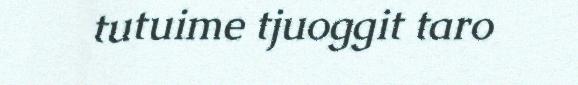
tutuime tjuoggit taro